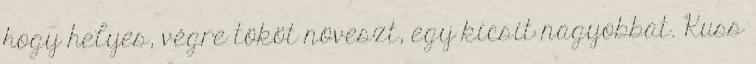
hogy helyes, végre tököt növeszt, egy kicsit nagyobbat. Kuss